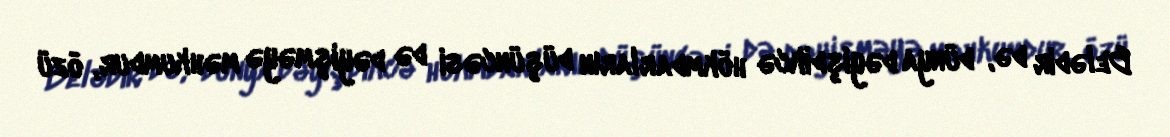
Belədir də, dünya dəyişdikcə hökmdarların düşüncəsi də dəyişməyə məhkumdur, özü